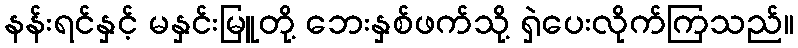
နန်းရင်နှင့် မနှင်းမြူတို့ ဘေးနှစ်ဖက်သို့ ရှဲပေးလိုက်ကြသည်။